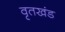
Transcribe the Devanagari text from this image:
वृतखंड